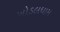
ખોડલધામ